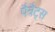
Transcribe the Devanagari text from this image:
पैत्रैट्स